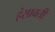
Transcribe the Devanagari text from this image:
हंसावती